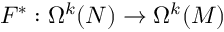
F ^ { * } : \Omega ^ { k } ( N ) \to \Omega ^ { k } ( M )